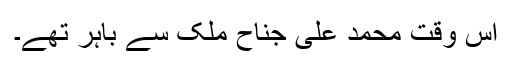
اس وقت محمد علی جناح ملک سے باہر تھے۔